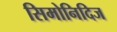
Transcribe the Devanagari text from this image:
सिमोनिदिज